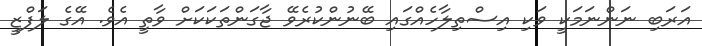
އަރަބި ނަންނަމަކީ ވަކި އިސްތިލާހެއްގައި ބޭނުންކުރެވޭ ޖާގަންތަކަކަށް ވާތީ އެވެ. އޭގެ ލަފްޒީ